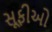
સૂફીઓ